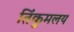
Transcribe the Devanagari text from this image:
तिंकुमलय